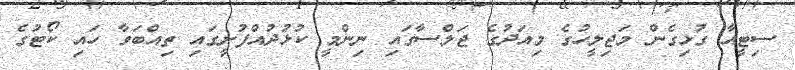
ސިޓީއާ ގުޅިގެން މަޖިލީހުގެ މިއަދުގެ ޖަލްސާގައި ނިންމީ ކުޅުދުއްފުށީގައި ތިއްބަވާ ހައި ކޯޓުގެ